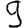
Digit: 9